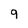
Character: 9